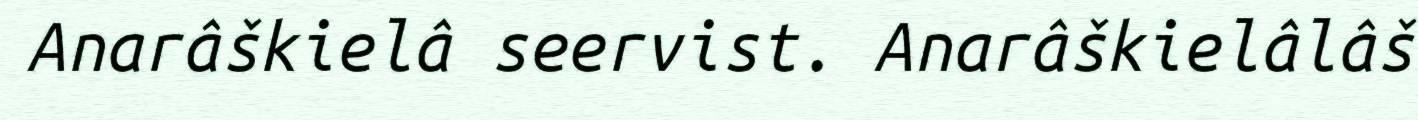
Anarâškielâ seervist. Anarâškielâlâš